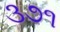
૩૭૧